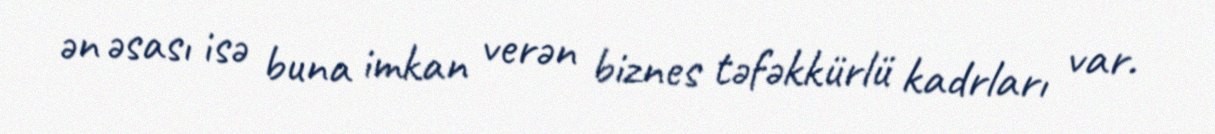
ən əsası isə buna imkan verən biznes təfəkkürlü kadrları var.